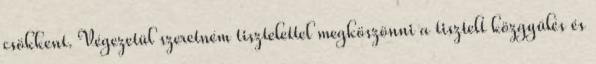
csökkent. Végezetül szeretném tisztelettel megköszönni a tisztelt közgyűlés és